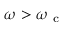
\omega > \omega _ { \mathrm { ~ c ~ } }